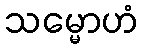
သမ္မောဟံ